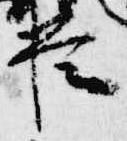
臣